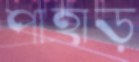
পাহাড়